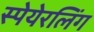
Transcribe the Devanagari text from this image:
स्पेयेरलिंग